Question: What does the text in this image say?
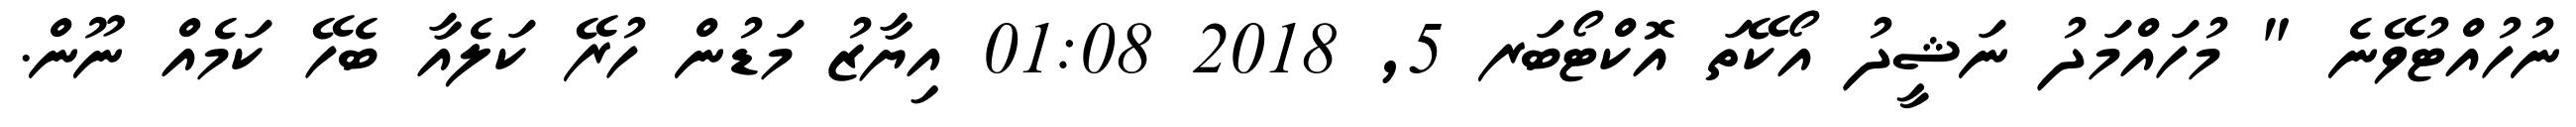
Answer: ނުހުއްޓުވޭނެ " މުހައްމަދު ނަޝީދު އޯކޭތަ އޮކްޓޯބަރ 5, 2018 01:08 އިޔާޒު މަޑުން ހުރޭ ކަލެއާ ބެހޭ ކަމެއް ނޫން.